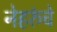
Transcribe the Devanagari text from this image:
नेहरुंचे